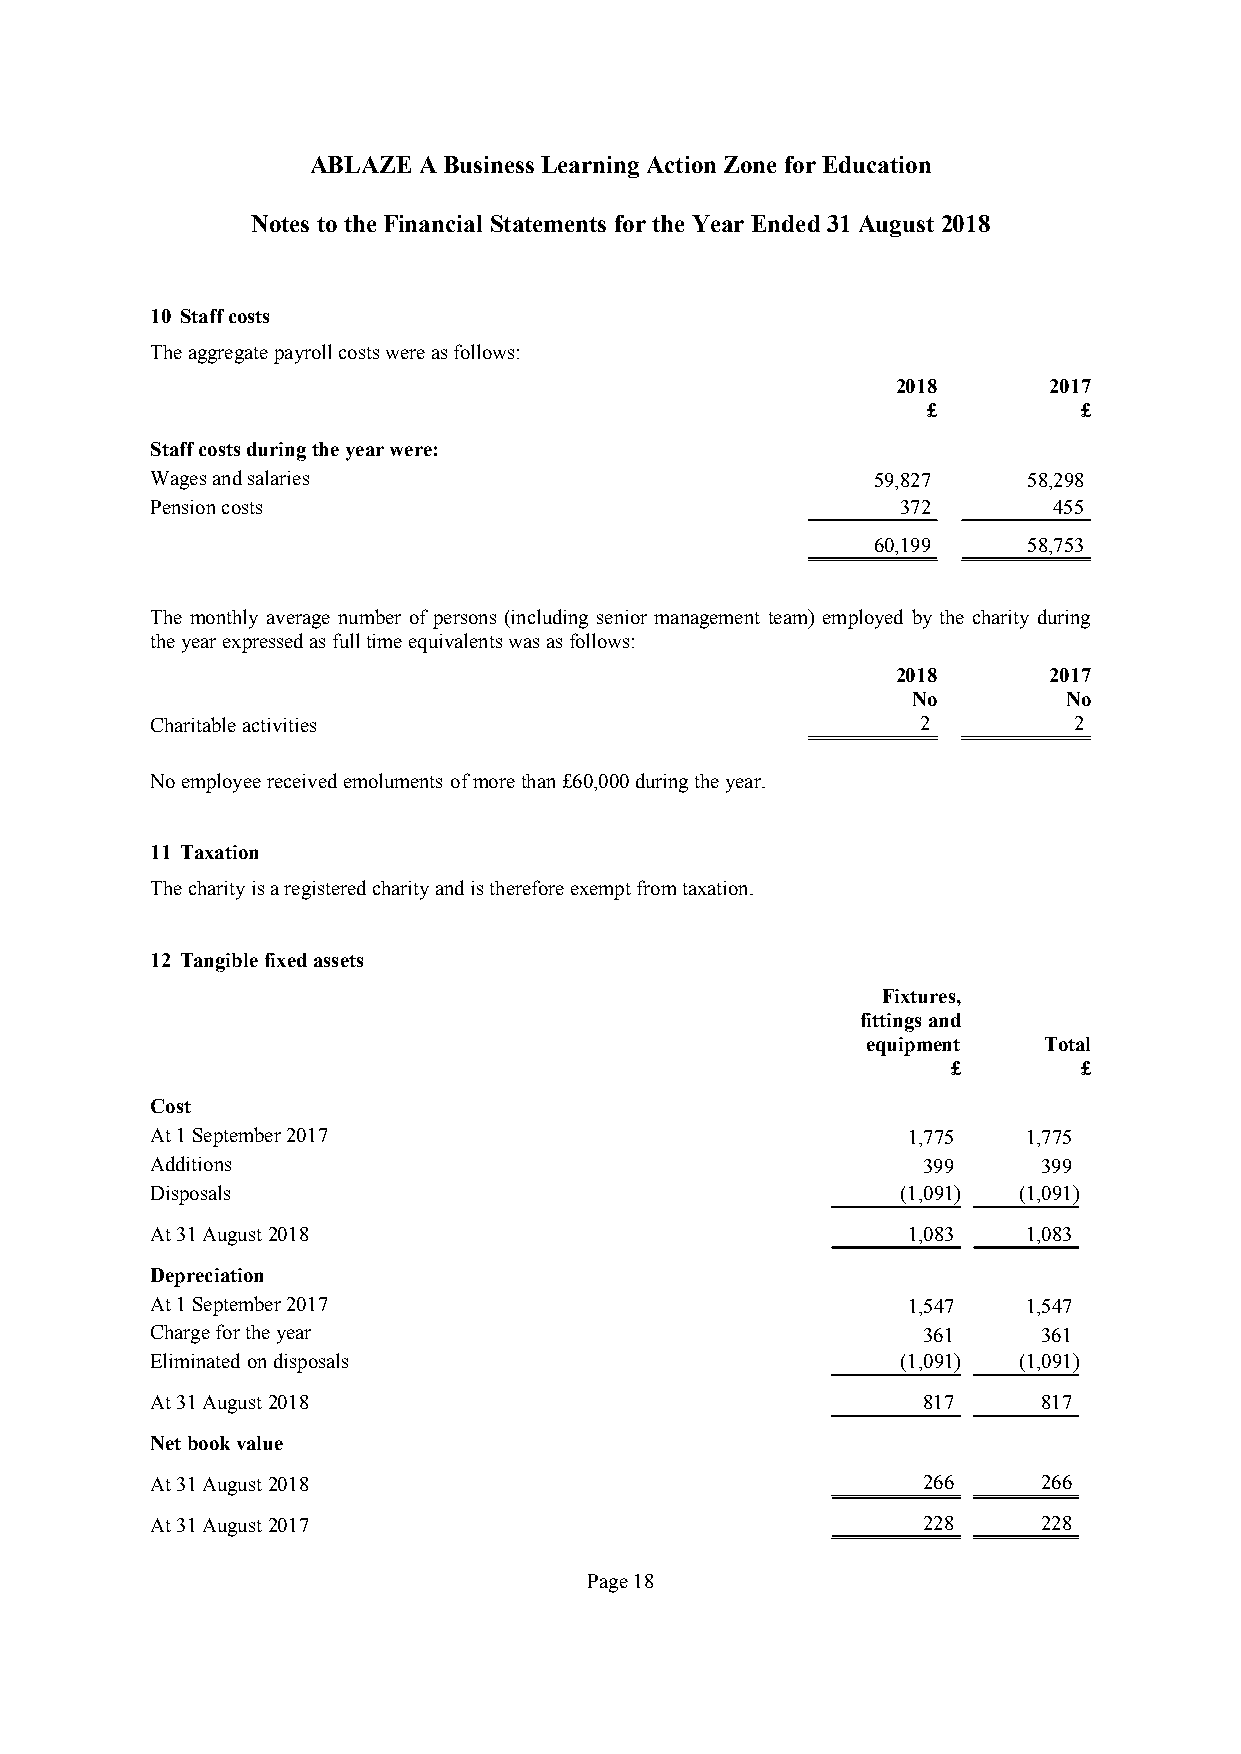
ABLAZE  ABusinessLearning Action Zone forEducation
 Notes totheFinancial Statements fortheYear Ended31August2018
 10 Staffcosts
 Theaggregatepayrollcostswereasfollows:
 2018      2017
 £          £
 Staffcostsduringtheyearwere:
 Wagesandsalaries                                59,827    58,298
 Pensioncosts                                      372       455
 60,199    58,753
 The monthly average number of persons (including senior management team) employed by the charity during
 theyearexpressedasfulltimeequivalentswasasfollows:
 2018      2017
 No         No
 Charitableactivities                               2         2
 Noemployeereceivedemoluments ofmorethan£60,000duringtheyear.
 11 Taxation
 Thecharityisaregisteredcharityandisthereforeexemptfromtaxation.
 12 Tangiblefixedassets
 Fixtures,
 fittingsand
 equipment   Total
 £        £
 Cost
 At1September2017                                  1,775   1,775
 Additions                                          399     399
 Disposals                                         (1,091) (1,091)
 At31August2018                                    1,083   1,083
 Depreciation
 At1September2017                                  1,547   1,547
 Chargefortheyear                                   361     361
 Eliminatedondisposals                             (1,091) (1,091)
 At31August2018                                     817     817
 Netbookvalue
 At31August2018                                     266     266
 At31August2017                                     228     228
 Page18